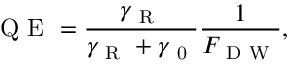
\mathrm { ~ Q ~ E ~ } = \frac { \gamma _ { \mathrm { ~ R ~ } } } { \gamma _ { \mathrm { ~ R ~ } } + \gamma _ { \mathrm { ~ 0 ~ } } } \frac { 1 } { F _ { \mathrm { ~ D ~ W ~ } } } ,